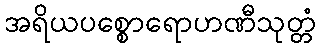
အရိယပစ္စောရောဟဏီသုတ္တံ